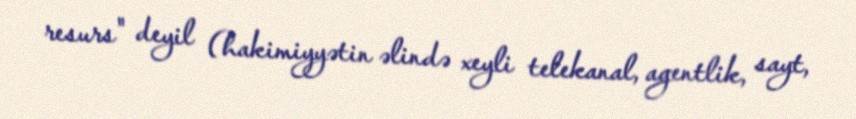
resurs" deyil (hakimiyyətin əlində xeyli telekanal, agentlik, sayt,